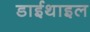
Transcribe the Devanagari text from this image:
डाईथाइल